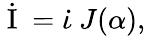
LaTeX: \begin{array}{r}{\dot{\mathrm{~I~}}=\dot{\iota}\ J(\alpha),}\end{array}